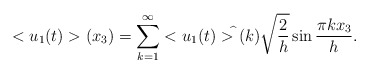
\begin{align*}<u_1(t)>(x_3)=\sum_{k=1}^{\infty} <u_1(t)>^{\widehat{}}(k) \sqrt{\frac{2}{h}}\sin\frac{\pi k x_3}{h}.\end{align*}